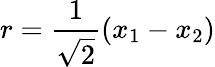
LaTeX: r=\frac{1}{\sqrt{2}}(x_{1}-x_{2})